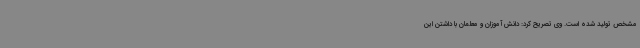
مشخص تولید شده است. وی تصریح کرد: دانش آموزان و معلمان با داشتن این